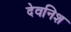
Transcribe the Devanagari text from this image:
देवनिश